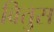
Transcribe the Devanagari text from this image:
वितुस